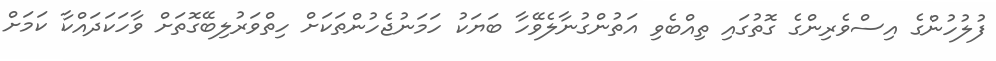
ފުލުހުންގެ އިސްވެރިންގެ ގޮތުގައި ތިއްބެވި އަތުންގުނާލެވޭހާ ބަޔަކު ހަމަނުޖެހުންތަކަށް ހިތްވަރުލިބޭގޮތަށް ވާހަކަދައްކާ ކަމަށް